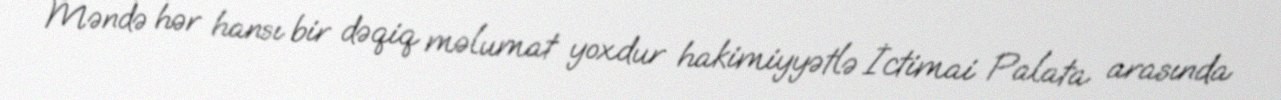
Məndə hər hansı bir dəqiq məlumat yoxdur hakimiyyətlə İctimai Palata arasında